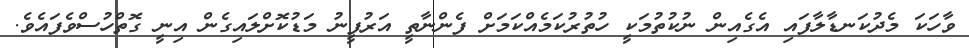
ވާހަކަ މެދުކަނޑާލާފައި އެގެއިން ނުކުތުމަކީ ހުތުރުކަމެއްކަމަށް ފެންނާތީ އަރުފީނު މަޑުކޮށްލައިގެން އިނީ ގޮތްހުސްވެފައެވެ.